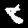
Digit: 8